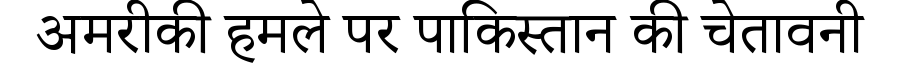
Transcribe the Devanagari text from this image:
अमरीकी हमले पर पाकिस्तान की चेतावनी